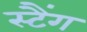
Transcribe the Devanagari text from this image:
स्टैंग